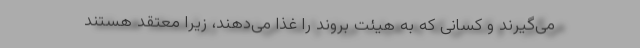
می‌گیرند و کسانی که به هیئت بروند را غذا می‌دهند، زیرا معتقد هستند